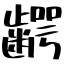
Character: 齶